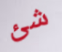
شئ